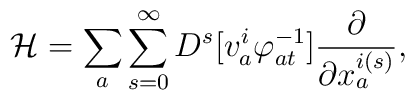
{\cal H}=\sum _{a}\sum _{s=0}^{\infty}D^{s}[v^{i}_{a}\varphi ^{-1}_{at}]\frac {\partial }{\partial x_{a}^{i(s)}} ,